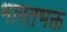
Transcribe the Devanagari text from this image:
भारतभक्त